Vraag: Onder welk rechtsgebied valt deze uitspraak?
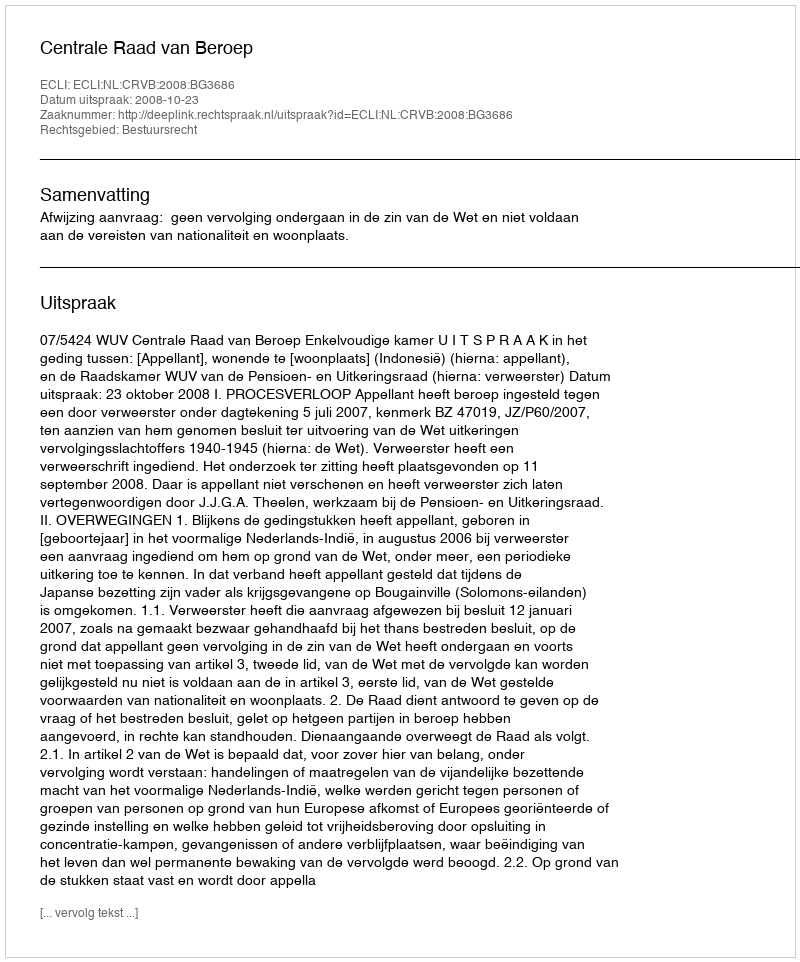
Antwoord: Bestuursrecht